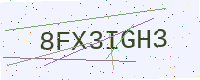
Text: 8FX3IGH3